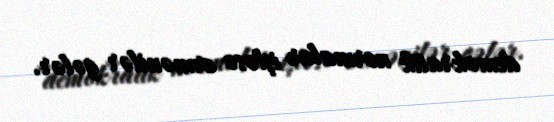
demokratik normalar işləsə ermənilər gələr.